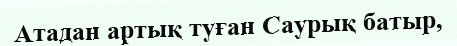
Атадан артық туған Саурық батыр,